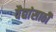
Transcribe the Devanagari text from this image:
वैद्यांसाठी